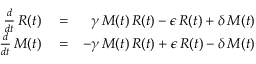
\begin{array} { r l r } { \frac { d } { d t } \, R ( t ) } & { { } = } & { \gamma \, M ( t ) \, R ( t ) - \epsilon \, R ( t ) + \delta \, M ( t ) } \\ { \frac { d } { d t } \, M ( t ) } & { { } = } & { - \gamma \, M ( t ) \, R ( t ) + \epsilon \, R ( t ) - \delta \, M ( t ) } \end{array}